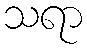
သရာ